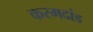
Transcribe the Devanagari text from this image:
करमदांड